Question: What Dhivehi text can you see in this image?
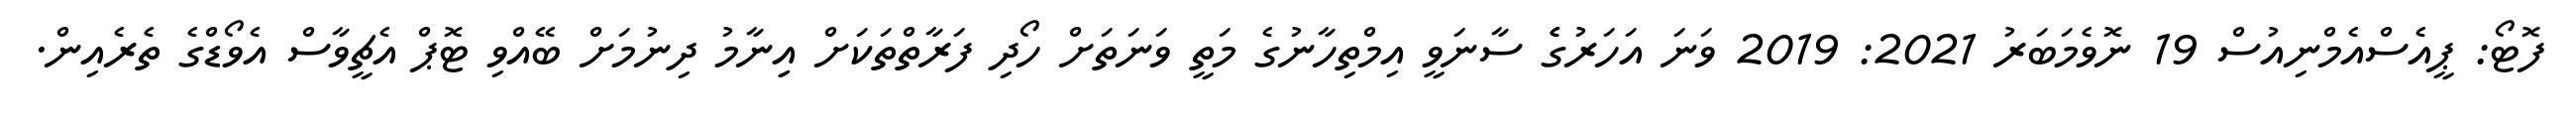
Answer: ފޮޓޯ: ޕީއެސްއެމްނިއުސް 19 ނޮވެމަބަރު 2021: 2019 ވަނަ އަހަރުގެެ ސާނަވީ އިމްތިހާނުގެ މަތީ ވަނަތަށް ހޯދި ފަރާތްތަކަށް އިިނާމު ދިނުމަށް ބޭއްވި ޓޮޕް އެޗީވާސް އެވޯޑްގެ ތެރެއިން.